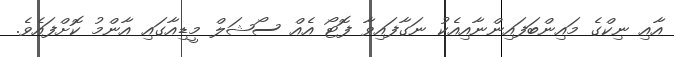
އާއި ނިކްގެ މައިންބަފައިންނާއިއެކު ނަގާފައިވާ ފޮޓޯ އެއް ސޯޝަލް މީޑިއާގައި އާންމު ކޮށްފައެވެ.